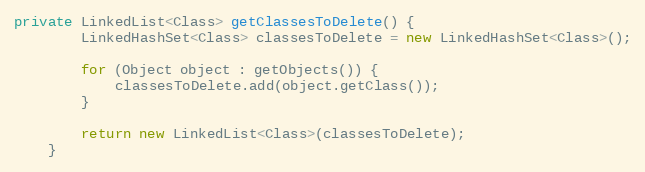
Language: Java
private LinkedList<Class> getClassesToDelete() {
		LinkedHashSet<Class> classesToDelete = new LinkedHashSet<Class>();

		for (Object object : getObjects()) {
			classesToDelete.add(object.getClass());
		}

		return new LinkedList<Class>(classesToDelete);
	}